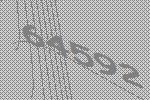
64592